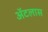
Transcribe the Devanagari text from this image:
अॅटलास